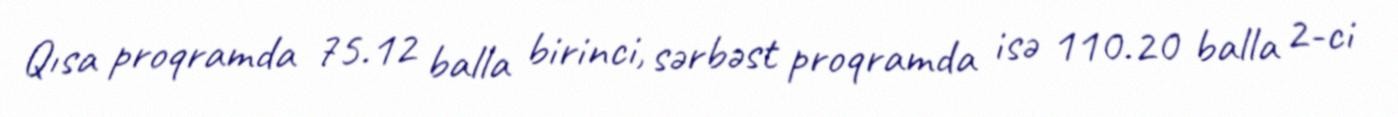
Qısa proqramda 75.12 balla birinci, sərbəst proqramda isə 110.20 balla 2-ci